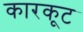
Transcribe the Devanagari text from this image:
कारकूट